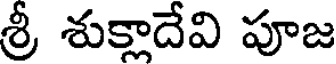
శ్రీ శుక్లాదేవి పూజ